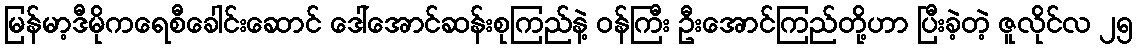
မြန်မာ့ဒီမိုကရေစီခေါင်းဆောင် ဒေါ်အောင်ဆန်းစုကြည်နဲ့ ဝန်ကြီး ဦးအောင်ကြည်တို့ဟာ ပြီးခဲ့တဲ့ ဇူလိုင်လ ၂၅